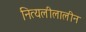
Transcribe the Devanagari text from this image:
नित्यलीलालीन